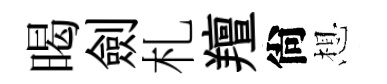
暍劍札羶尙想